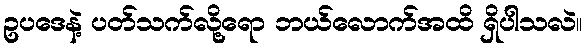
ဥပဒေနဲ့ ပတ်သက်လို့ရော ဘယ်လောက်အထိ ရှိပါသလဲ။